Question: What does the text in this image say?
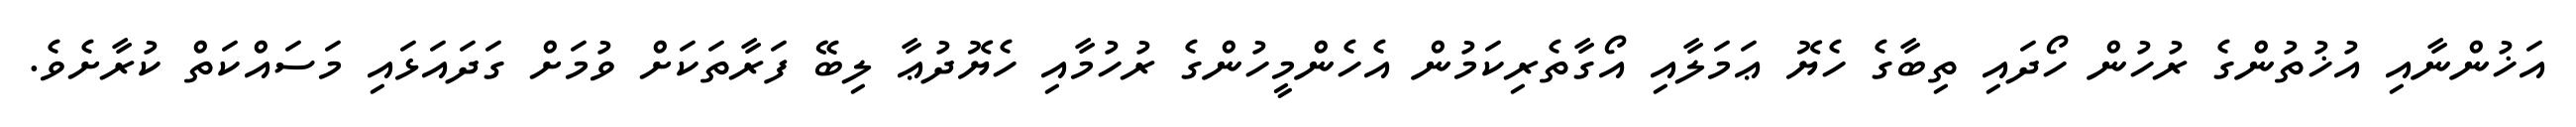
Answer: އަޚުންނާއި އުޚުތުންގެ ރުހުން ހޯދައި ތިބާގެ ހެޔޮ ޢަމަލާއި އޯގާތެރިކަމުން އެހެންމީހުންގެ ރުހުމާއި ހެޔޮދުޢާ ލިބޭ ފަރާތަކަށް ވުމަށް ގަދައަޅައި މަސައްކަތް ކުރާށެވެ.